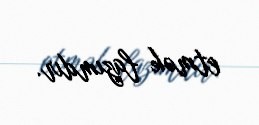
etmək lazımdır.